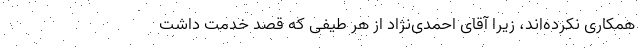
همکاری نکرده‌اند، زیرا آقای احمدی‌نژاد از هر طیفی که قصد خدمت داشت